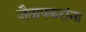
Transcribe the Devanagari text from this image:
जैतापकरांना